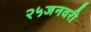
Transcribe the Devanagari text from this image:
२५जनवरी